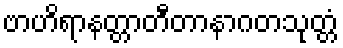
ဗာဟိရာနတ္တာတီတာနာဂတသုတ္တံ